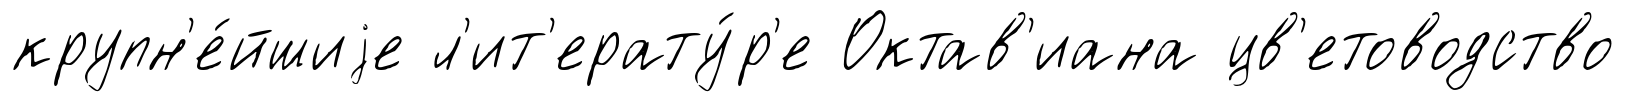
крупн'е́йшиjе л'ит'ерату́р'е Октав'иана цв'етоводство